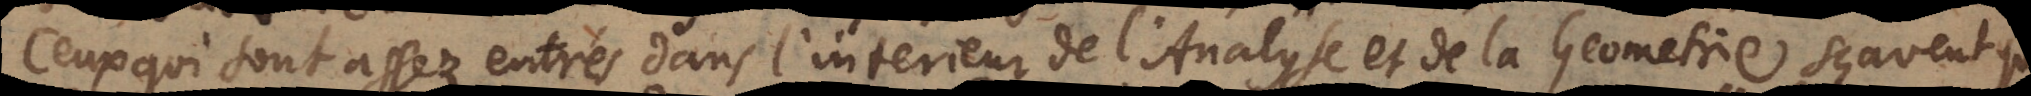
Ceux qui sont assez entre ´s dans l’interieur de l’Analyse et de la Geometrie, sçavent que